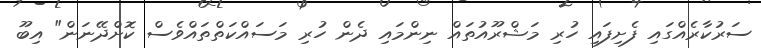
ސަރުކާރެއްގައި ފެށިފައި ހުރި މަޝްރޫއުތައް ނިންމައި ދެން ހުރި މަސައްކަތްތައްވެސް ކޮށްދޭނަން" އިބޫ